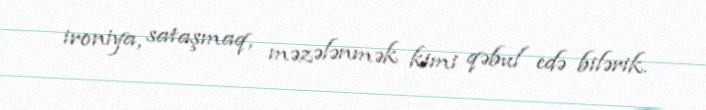
ironiya, sataşmaq, məzələnmək kimi qəbul edə bilərik.